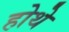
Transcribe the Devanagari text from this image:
होथे